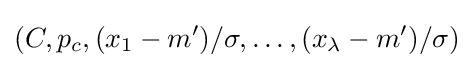
(C,p_{c},(x_{1}-m')/\sigma ,\ldots ,(x_{\lambda }-m')/\sigma )